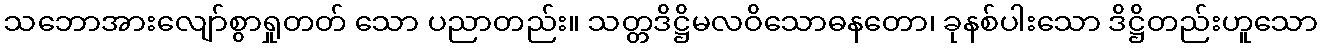
သဘောအားလျော်စွာရှုတတ် သော ပညာတည်း။ သတ္တဒိဋ္ဌိမလဝိသောဓနတော၊ ခုနစ်ပါးသော ဒိဋ္ဌိတည်းဟူသော